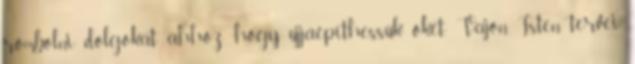
rombolni dolgokat ahhoz, hogy újjáépíthessük őket. Vajon Isten tervei